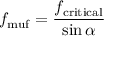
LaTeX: f _ { \mathrm { m u f } } = { \frac { f _ { \mathrm { c r i t i c a l } } } { \sin \alpha } }